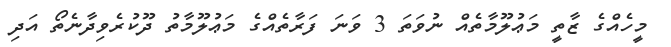
މީހެއްގެ ޒާތީ މަޢުލޫމާތެއް ނުވަތަ 3 ވަނަ ފަރާތެއްގެ މަޢުލޫމާތު ދޫކުރެވިދާނެތޯ އަދި